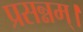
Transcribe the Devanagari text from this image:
प्रसन्नम्‌।